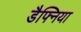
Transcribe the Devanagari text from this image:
डैफ्निया